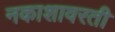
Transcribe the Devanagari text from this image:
नकाशावरती